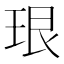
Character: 珢